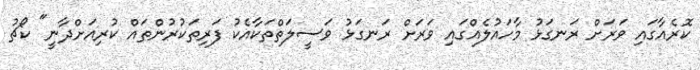
ކޮރެއާގައި ވަރަށް ރަނގަޅު މާހައުލެއްގައި ވަރަށް ރަނގަޅު ވަސީލަތްތަކާއެކު ފަރިތަކުރުންތައް ކުރިއަށްދާނީ" ކޯޗު